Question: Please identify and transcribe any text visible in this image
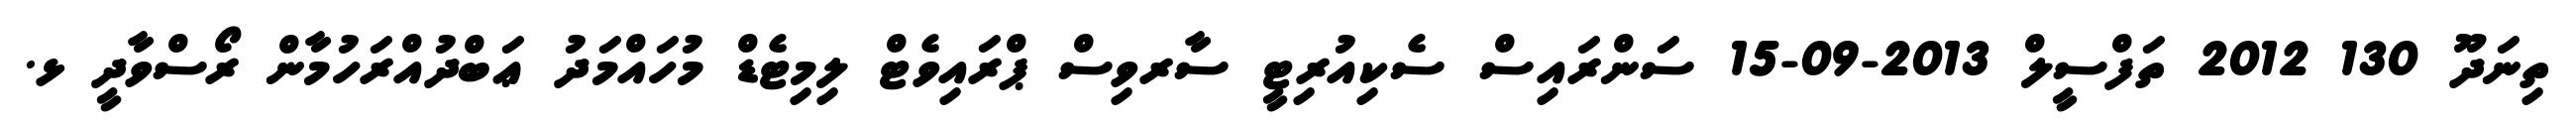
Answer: ތިނަދޫ 130 2012 ތަފްސީލް 2013-09-15 ސަންރައިސް ސެކިއުރިޓީ ސާރވިސް ޕްރައިވެޓް ލިމިޓެޑް މުހައްމަދު ޢަބްދުއްރަހުމާން ރޯސްވާދީ ޅ.